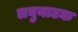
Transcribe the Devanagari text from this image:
लघुनाटक